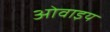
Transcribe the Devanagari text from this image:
ओवाइय